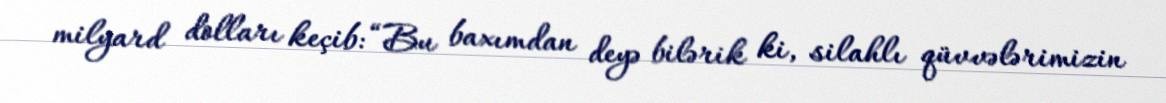
milyard dolları keçib: “Bu baxımdan deyə bilərik ki, silahlı qüvvələrimizin